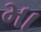
મા